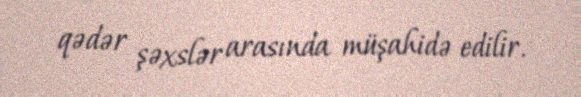
qədər şəxslər arasında müşahidə edilir.